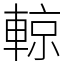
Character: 輬